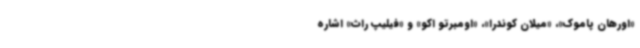
«اورهان پاموک»، «میلان کوندرا»، «اومبرتو اکو» و «فیلیپ راث» اشاره